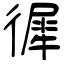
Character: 徲